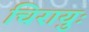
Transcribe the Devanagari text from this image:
चिरायुः